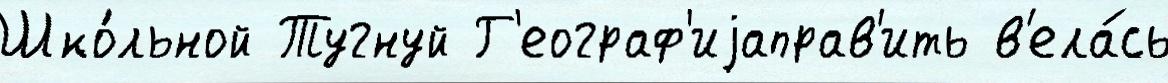
Шко́льной Тугнуй Г'еограф'иjаправ'ить в'ела́сь